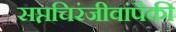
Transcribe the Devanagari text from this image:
सप्तचिरंजीवांपैकी